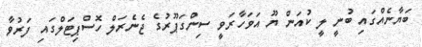
ބަޔާނެއްގައި ބުނީ ލީ ކުއަން ޔޫ އަވަހާރަވީ ސިންގަޕޫރުގެ ޖެނެރަލް ހޮސްޕިޓަލްގައި ފަރުވާ